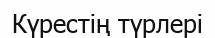
Күрестің түрлері